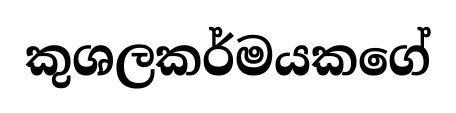
කුශලකර්මයකගේ